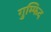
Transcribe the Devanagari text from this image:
गुम्फिद